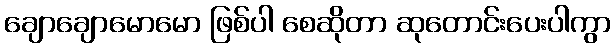
ချောချောမောမော ဖြစ်ပါ စေဆိုတာ ဆုတောင်းပေးပါကွာ